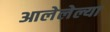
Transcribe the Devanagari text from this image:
आलेलेल्या